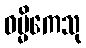
ဓမ္မိကေသု